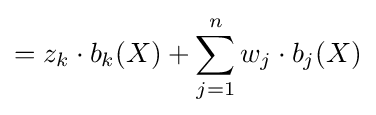
=z_{k}\cdot b_{k}(X)+\sum _{j=1}^{n}w_{j}\cdot b_{j}(X)